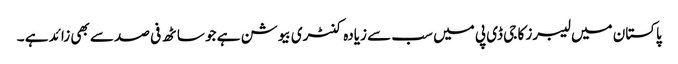
پاکستان میں لیبرز کا جی ڈی پی میں سب سے زیادہ کنٹری بیوشن ہے جو ساٹھ فی صد سے بھی زائد ہے ۔